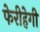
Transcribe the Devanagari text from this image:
फेरीहेगी